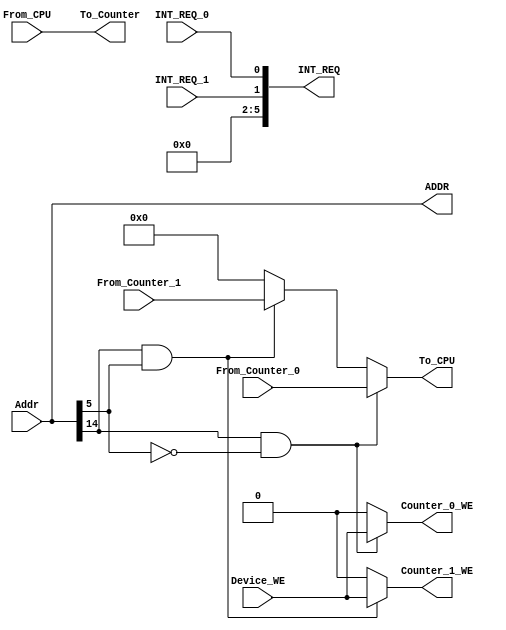
`timescale 1ns / 1ps
//////////////////////////////////////////////////////////////////////////////////
// Company: 
// Engineer: 
// 
// Design Name: 
// Module Name:    bridge 
// Project Name: 
// Target Devices: 
// Tool versions: 
// Description: 
//
// Dependencies: 
//
// Revision: 
// Revision 0.01 - File Created
// Additional Comments: 
//
//////////////////////////////////////////////////////////////////////////////////
module bridge(
    input [31:0] Addr,
	 input Device_WE,
    input [31:0] From_CPU,
    output [31:0] To_Counter,
    input [31:0] From_Counter_0,
    input [31:0] From_Counter_1,
    output [31:0] To_CPU,
    output [7:2] INT_REQ,
	 output Counter_0_WE,
	 output Counter_1_WE,
	 output [31:0] ADDR,
	 input  INT_REQ_0, INT_REQ_1
    );
	

	assign Counter_0_WE = (Addr[14] == 1 && Addr[5] == 0) ? Device_WE :
																			  1'b0	  ;
	 
	assign Counter_1_WE = (Addr[14] == 1 && Addr[5] == 1) ? Device_WE :
																			  1'b0	  ;
																			  
	assign To_Counter = From_CPU;
	
	assign ADDR = Addr;
	
	assign To_CPU = (Addr[14] == 1 && Addr[5] == 0) ? From_Counter_0 :
						 (Addr[14] == 1 && Addr[5] == 1) ? From_Counter_1 :
																				32'b0	  ;
																				
																				
	assign INT_REQ = {4'b0, INT_REQ_1, INT_REQ_0};

endmodule